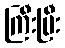
ကြီးပြီး